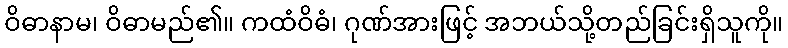
ဝိဓာနာမ၊ ဝိဓာမည်၏။ ကထံဝိဓံ၊ ဂုဏ်အားဖြင့် အဘယ်သို့တည်ခြင်းရှိသူကို။